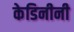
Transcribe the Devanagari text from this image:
केडिनीनी